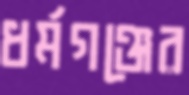
ধর্মগঞ্জের